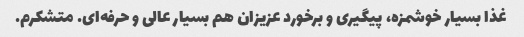
غذا بسیار خوشمزه، پیگیری و برخورد عزیزان هم بسیار عالی و حرفه‌ای. متشکرم.